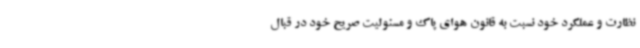
نظارت و عملکرد خود نسبت به قانون هوای پاک و مسئولیت صریح خود در قبال